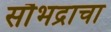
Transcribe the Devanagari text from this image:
सौभद्राचा